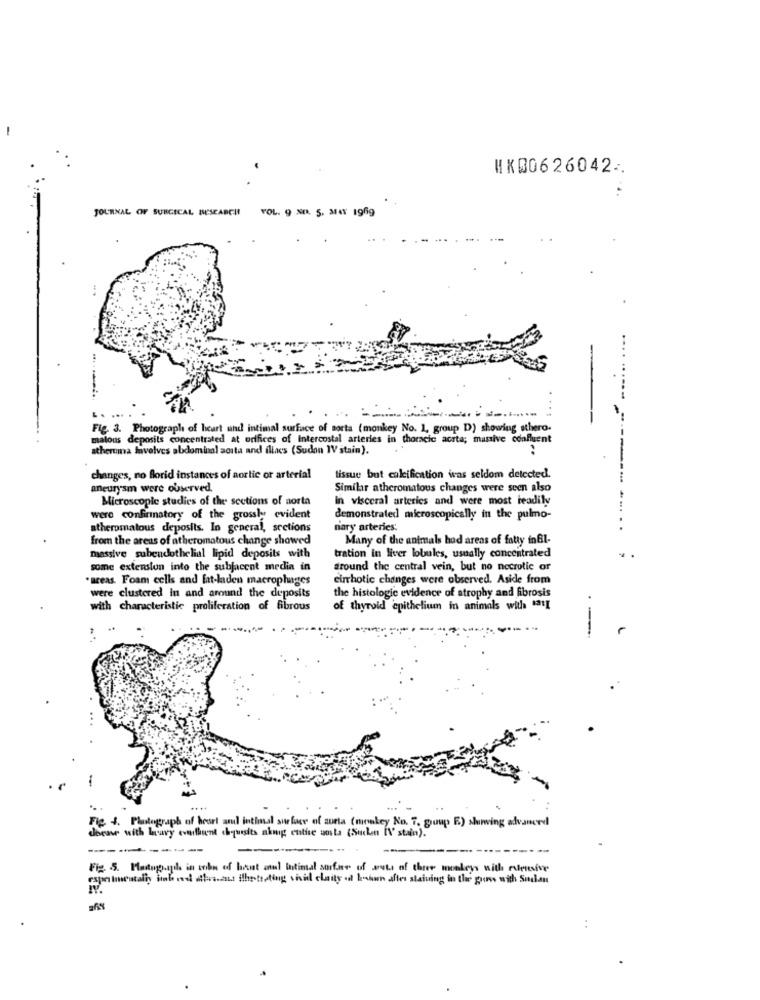
HK00626042.
JOURNAL OF SURGICAL BESEARCH
VOL. 9 NO. 5. MAY 1969
...
Fig. 3. Photograph of heart und intimal surface of sorta (monkey No. 1, group D) showing sthero.
malous deposits concentrated at orifices of Intercostal arteries in thoracic aorta; massive confluent
atheruma Involves abdominal aosta and illacs (Sudon IV stain).
changes, no florid instances of aortic or arterial
tissue but calcification was seldom detected.
aneurysm were observed.
Similar atheromatous changes were seen also
Microscopic studies of the sections of aorta
In visceral arteries and were most teadily
were confirmatory of the grossly evident
demonstrated microscopically in the pulmo-
atheromatous deposits. In general, sections
mary arteries:
====-. .....
from the areas of atheromatous change showed
Many of the animals hod areas of fatty inBl-
massive subendothelial lipid deposits with
tration in liver lobules, usually concentrated
some extension into the subjacent media in
around the central vein, but no necrotic or
areas. Foam cells and fat-laden macrophages
cirrhotic changes were observed. Aside from
were clustered in and around the deposits
the histologic evidence of atrophy and fibrosis
with characteristic proliferation of fibrous
of thyroid epithelium in animals with "311
Fig. 4. Photograph of hoort and intimal surface of surta (monkey No. 7. goup E) showving advanced
doease with lavy everthint chousits nkng entise uota (Sucken IN" stain).
-
---
---
...
Fig.5. Hataguil in the of heat and intimal surface of outs of three monkeys with lesive
capotmentally lib end attvasans ilhptreting vivid claity al kosun after staining in the poss with Sudan